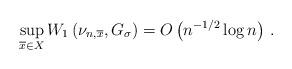
LaTeX: \begin{align*}\sup_{\overline x\in X} W_1 \left(\nu_{n,\overline x},G_{\sigma} \right)= O\left (n^{-1/ 2} \log n \right ) \, .\end{align*}